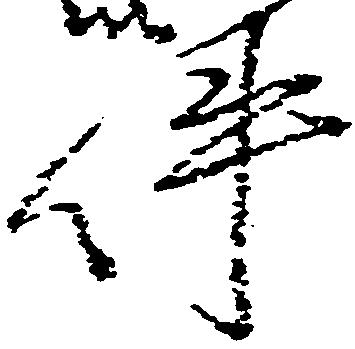
件